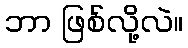
ဘာ ဖြစ်လို့လဲ။